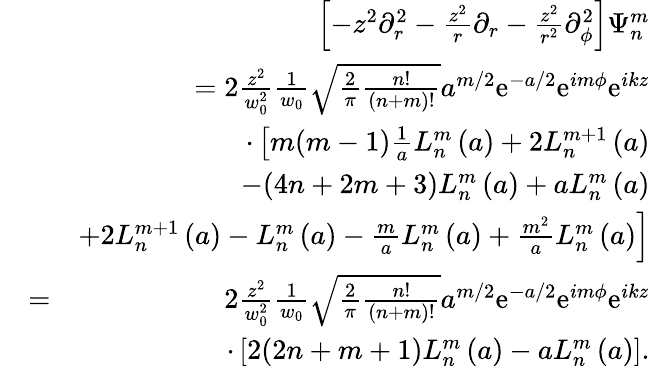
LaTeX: \begin{array}{rlr}&{}&{\left[-z^{2}\partial_{r}^{2}-\frac{z^{2}}{r}\partial_{r}-\frac{z^{2}}{r^{2}}\partial_{\phi}^{2}\right]\Psi_{n}^{m}}\\ &{}&{=2\frac{z^{2}}{w_{0}^{2}}\frac{1}{w_{0}}\sqrt{\frac{2}{\pi}\frac{n!}{(n+m)!}}a^{m/2}\mathrm{e}^{-a/2}\mathrm{e}^{im\phi}\mathrm{e}^{ikz}}\\ &{}&{\cdot\left[m(m-1)\frac{1}{a}L_{n}^{m}\left(a\right)+2L_{n}^{m+1}\left(a\right)\right.}\\ &{}&{\left.-(4n+2m+3)L_{n}^{m}\left(a\right)+aL_{n}^{m}\left(a\right)\right.}\\ &{}&{\left.+2L_{n}^{m+1}\left(a\right)-L_{n}^{m}\left(a\right)-\frac{m}{a}L_{n}^{m}\left(a\right)+\frac{m^{2}}{a}L_{n}^{m}\left(a\right)\right]}\\ &{=}&{2\frac{z^{2}}{w_{0}^{2}}\frac{1}{w_{0}}\sqrt{\frac{2}{\pi}\frac{n!}{(n+m)!}}a^{m/2}\mathrm{e}^{-a/2}\mathrm{e}^{im\phi}\mathrm{e}^{ikz}}\\ &{}&{\cdot\left[2(2n+m+1)L_{n}^{m}\left(a\right)-aL_{n}^{m}\left(a\right)\right].}\end{array}